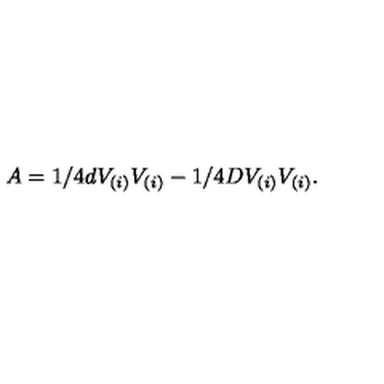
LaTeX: A = 1 / 4 d V _ { ( i ) } V _ { ( i ) } - 1 / 4 D V _ { ( i ) } V _ { ( i ) } .